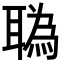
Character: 𦖯